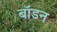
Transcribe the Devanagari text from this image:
बॉडन